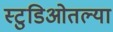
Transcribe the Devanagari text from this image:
स्टुडिओतल्या